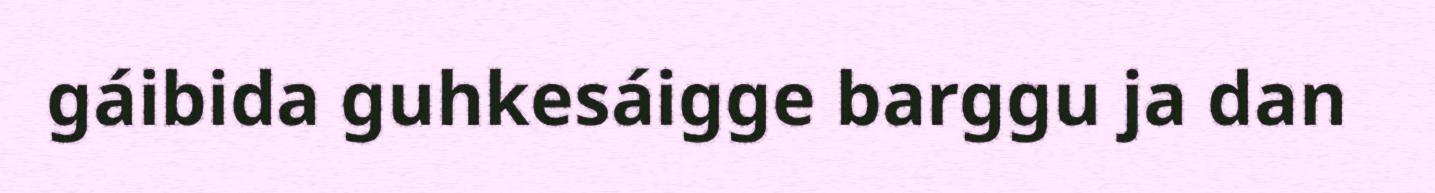
gáibida guhkesáigge barggu ja dan